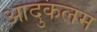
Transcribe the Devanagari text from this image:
आदुकलम